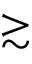
\gtrsim